Indian journal of veterinary science and animal husbandry - Volume 11,
Year: 1941
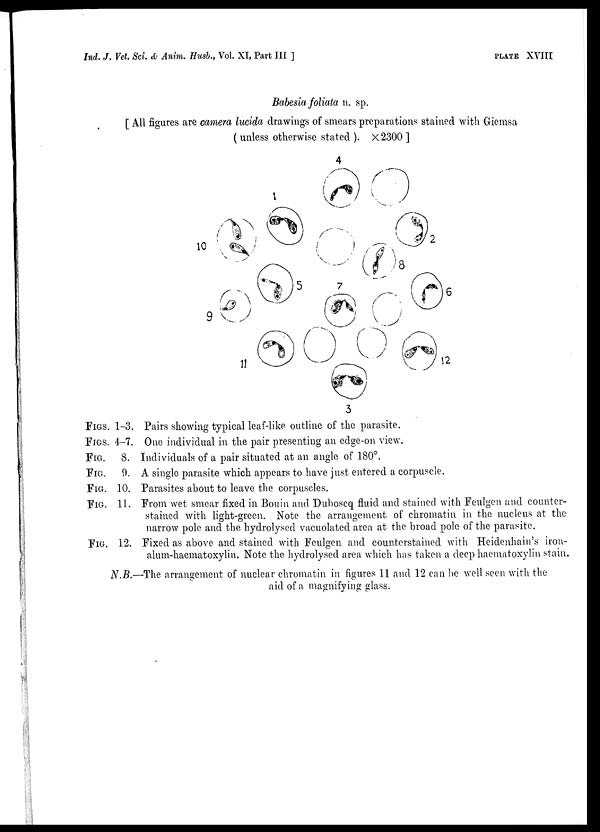
Ind. J. Vet. Sci. & Anim. Husb., Vol. XI, Part III ]
PLATE
XVIII
Babesia foliata n. sp.
[ All figures are camera lucida drawings of smears preparations stained with Giemsa
( unless otherwise stated ). × 2300 ]
FIGS. 1-3. Pairs showing typical leaf-like outline of the parasite.
FIGS. 4-7. One individual in the pair presenting an edge-on view.
FIG. 8. Individuals of a pair situated at an angle of 180°.
FIG. 9. A single parasite which appears to have just entered a corpuscle.
FIG. 10. Parasites about to leave the corpuscles.
FIG. 11. From wet smear fixed in Bouin and Duboscq fluid and stained with Feulgen and counter-
stained with light-green. Note the arrangement of chromatin in the nucleus at the
narrow pole and the hydrolysed vacuolated area at the broad pole of the parasite.
FIG. 12. Fixed as above and stained with Feulgen and counterstained with Heidenhain's iron-
alum-haematoxylin. Note the hydrolysed area which has taken a deep haematoxylin stain.
N.B.—The arrangement of nuclear chromatin in figures 11 and 12 can be well seen with the
aid of a magnifying glass.